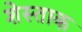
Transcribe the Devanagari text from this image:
शेस्ताक